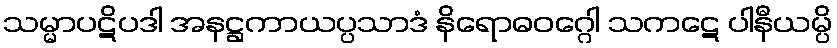
သမ္မာပဋိပဒါ အနဋ္ဌကာယပ္ပသာဒံ နိရောဓဝဂ္ဂေါ သကဋေ ပါနီယမ္ပိ